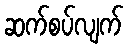
ဆက်စပ်လျက်